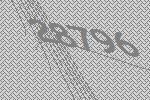
28796